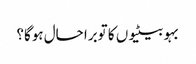
بہو بیٹیوں کا توبرا حال ہوگا؟